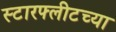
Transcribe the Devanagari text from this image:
स्टारफ्लीटच्या